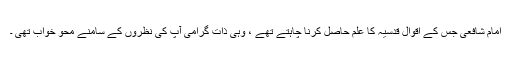
امام شافعیؒ جس کے اقوالِ قدسیہ کا علم حاصل کرنا چاہتے تھے ، وہی ذاتِ گرامی آپ کی نظروں کے سامنے محو خواب تھی ۔